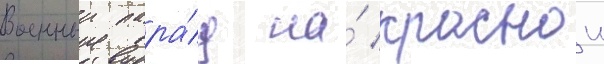
Военныи пара́д на́ краснои